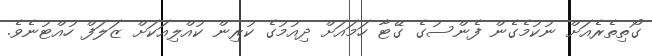
ގޯތިތެރެއަށް ނުކުމެގެން ފެންސުގެ ގޭޓާ ހަމައަށް ދިއުމުގެ ކުރިން ކުއްލިއަކަށް ޒަލަފް ހުއްޓުނެވެ.